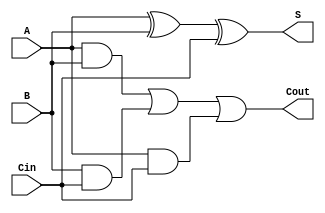
module somador_completo (A, B, S, Cin, Cout);
	output S, Cout;
	input  A, B, Cin;
	
	assign S = A ^ B ^ Cin;
	assign Cout = A&B | B&Cin | A&Cin;
	
endmodule